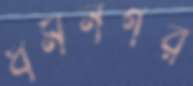
ধর্মনগর